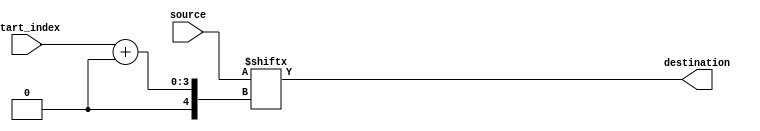
module part_sel_assign(
    input wire [7:0] source,
    input wire [2:0] start_index,
    output reg [3:0] destination
);

always @(*) begin
    destination = source[start_index +: 4];
end

endmodule